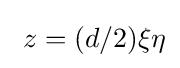
\ z=(d/2)\xi \eta